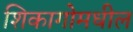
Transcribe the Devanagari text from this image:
शिकागोमधील